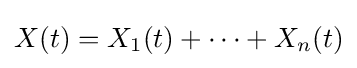
X(t)=X_{1}(t)+\cdots +X_{n}(t)